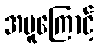
အပူကြောင့်